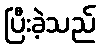
ပြီးခဲ့သည်